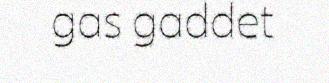
gas gaddet